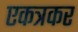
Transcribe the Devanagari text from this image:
एकत्रकर